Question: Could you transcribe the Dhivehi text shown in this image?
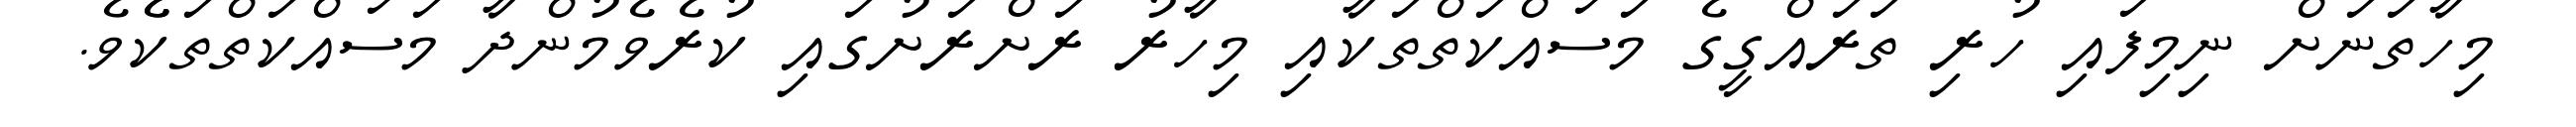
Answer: މިހާތަނަށް ނިމިފައި ހުރި ތަރައްގީގެ މަސައްކަތްތަކާއި މިހާރު ރަށްރަށުގައި ކުރެވެމުންދާ މަސައްކަތްތަކެެވެ.